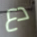
دع